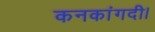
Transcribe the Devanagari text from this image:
कनकांगदी।